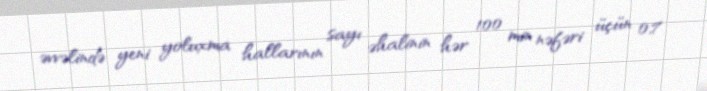
əvvəlində yeni yoluxma hallarının sayı əhalinin hər 100 min nəfəri üçün 0,7